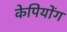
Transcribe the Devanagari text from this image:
केपियोंग